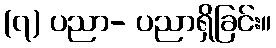
(၇) ပညာ- ပညာရှိခြင်း။